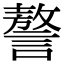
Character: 謷